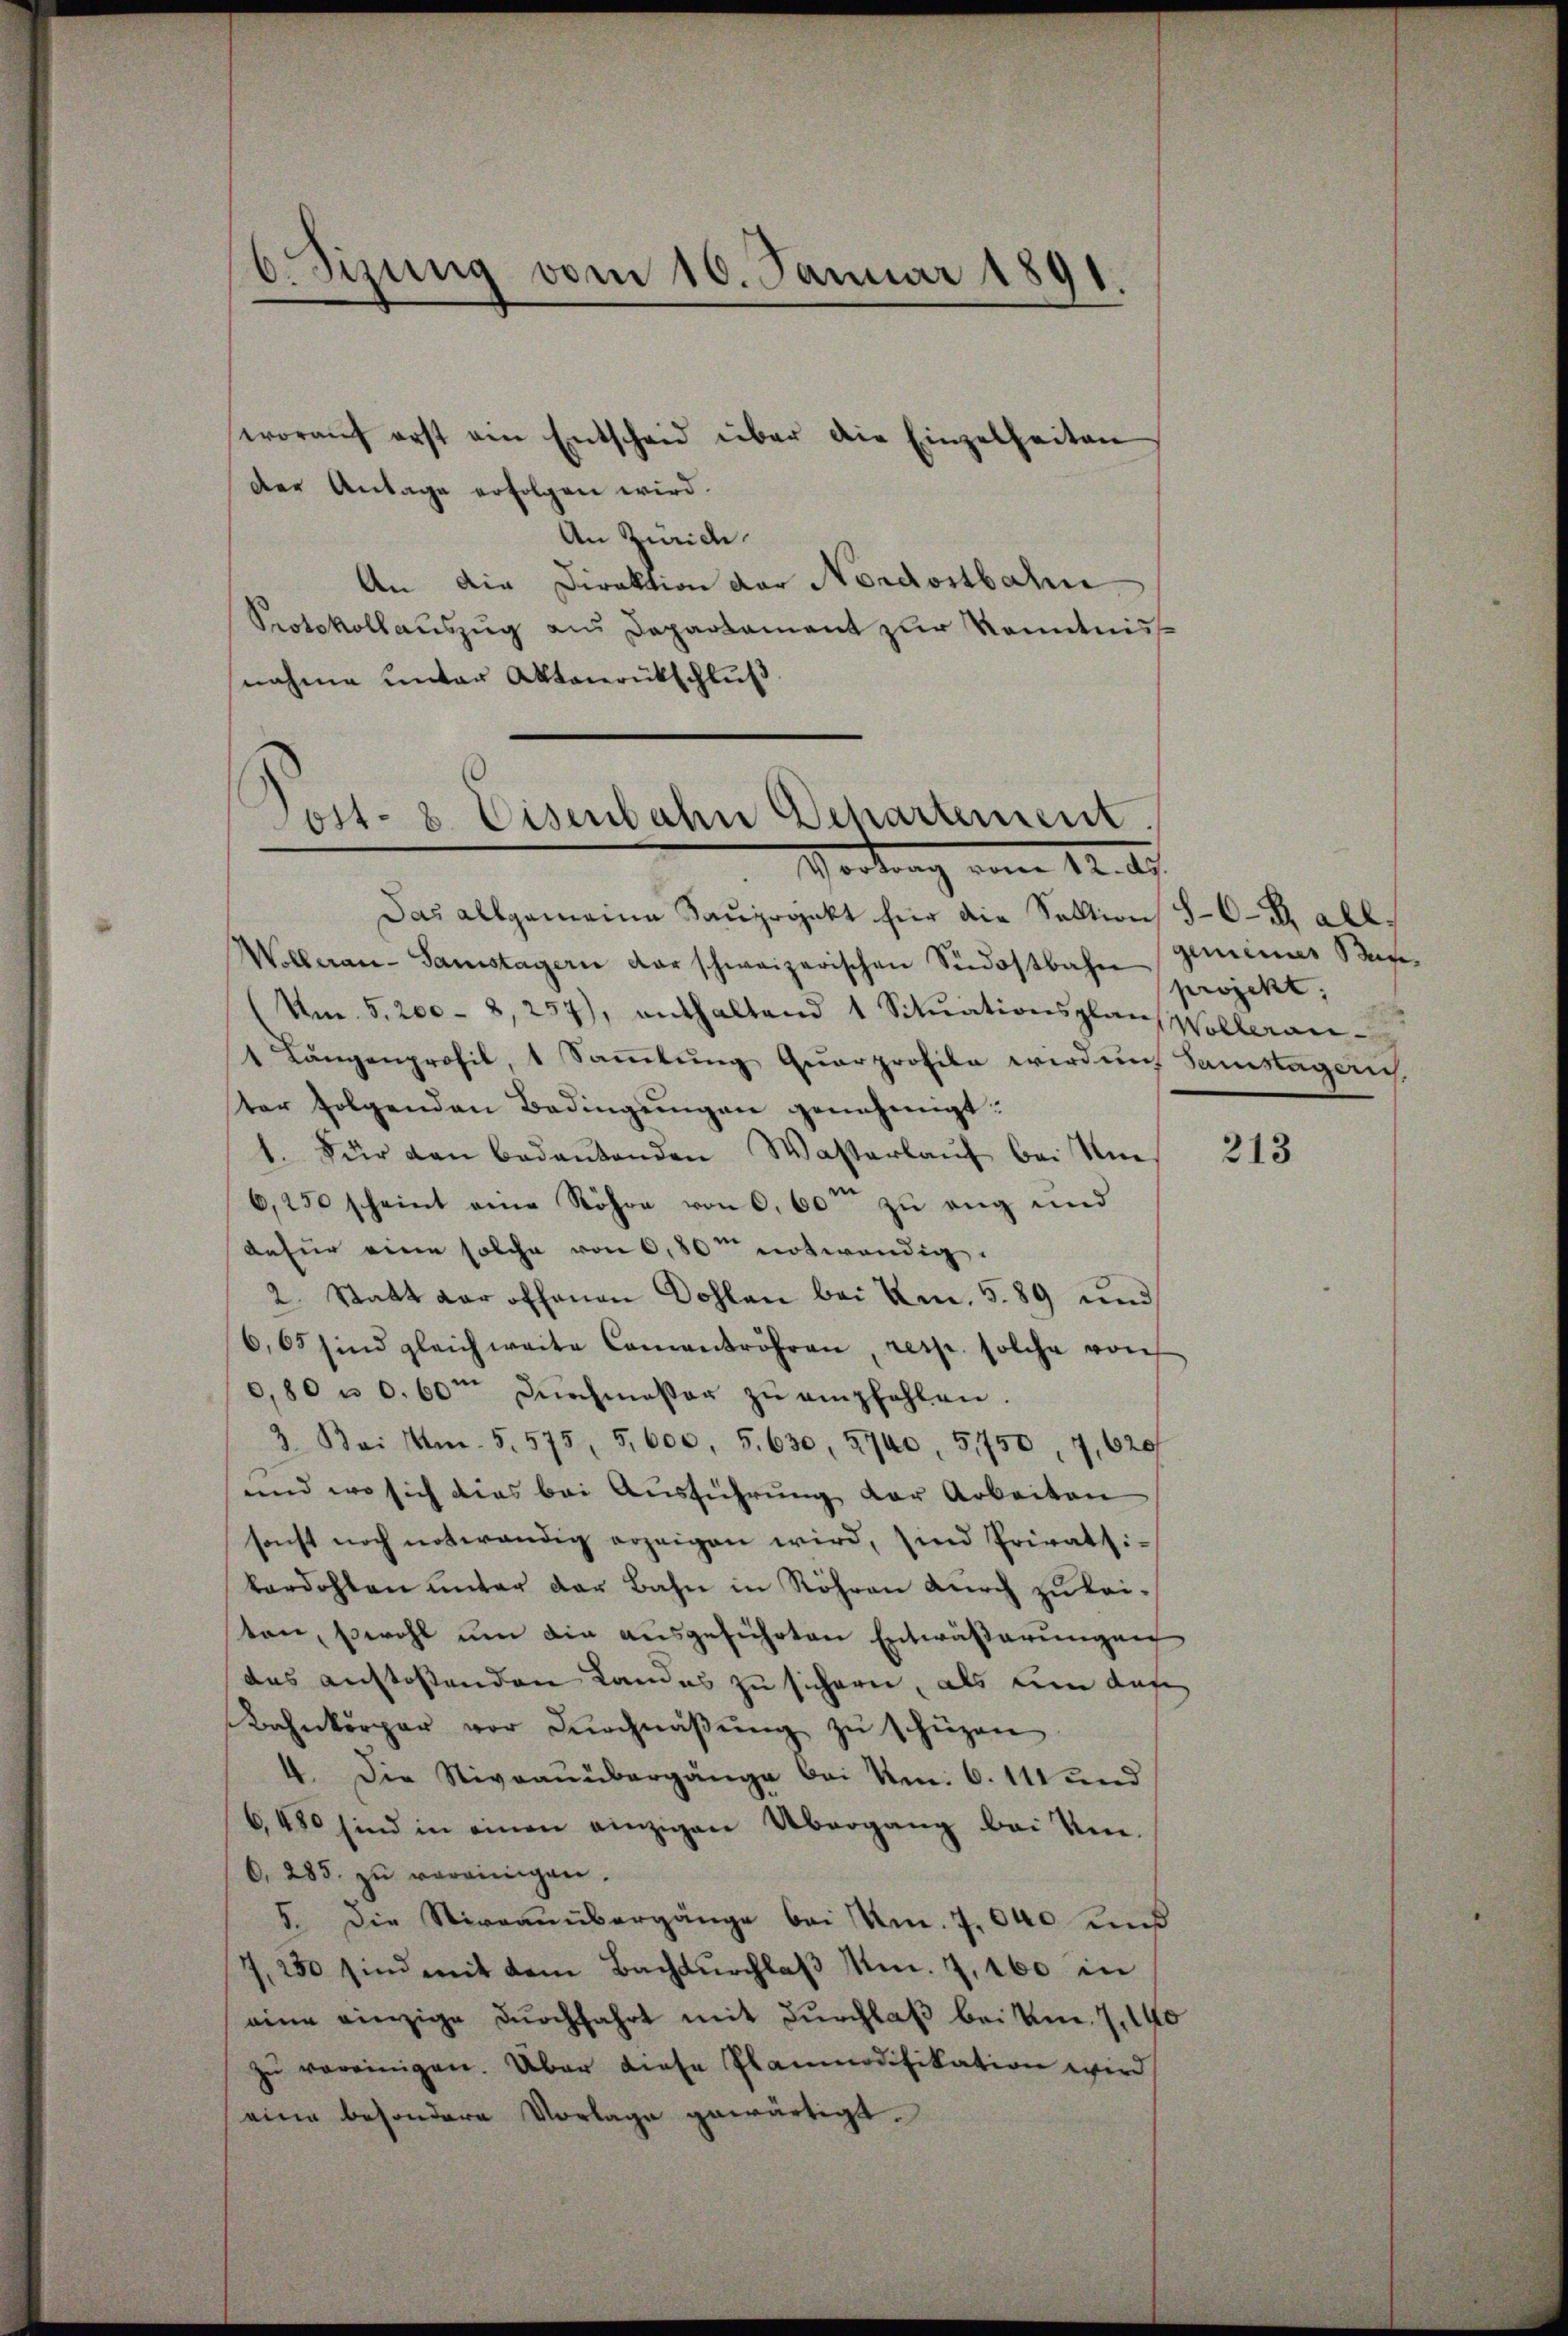
woraŭf erst ein Entscheid über die Einzelheiten
der Antage erfolgen wird.
An Zürich.
An die Direktion der Nordostbahne
Protokollauszug aus Departament zur Kenntniss
nahme unter Aktenrückschluß

e
v. Szung vom 10. Januar 1891.

Post- & Eisenbahn Departement.
Vortrag vom 12. ds.

Das allgemeine Sauprojekt für die Sektion 5-6 - 2. all¬
Wolleran- Samstagern der schweizerischen Südostbahn projekt,
(Um. 5. 200 - 8, 257), enthaltend 1 Sitŭationsplan Wolleran-
1 Längenprofil, 1 Sammlung Quarprofile wird und Samstageric
ter folgenden Bedingŭngen genehmigt:
1. Für den bedeŭtenden Wasserlaŭf bei Um-
6,250 scheint eine Röhre von 0,60ten zu eng und
dafür eine solche von 0,80m notwendig.
2. Statt dar offenen Dohlen bei Am. 5. 89 und
6,65 sind gleich weite Camentröhren, resp. solche von
0,80 u 0.60m Dŭrchmesser zŭ empfehlen.
3. Bei Am. 5. 575, 5,600, 5. 630, 5740, 51750, 7, 620
und wo sich dies bei Ausführung der Arbeiten
sonst noch notwendig erzeigen wird, sind Privatsi-
kardohlen ŭnter der Bahn in Röhren dŭrch zŭ leiten, sowohl um die ausgeführten Entwäßerungen
das anstossenden Landes zu sichern, als um das
Bahnkörper vor Dŭrchnäβŭng zŭ schüzen
4. Die Niveauubergänge bei Um. 6. 111 und
6480 sind in einen einzigen Übergang bei Um-
C. 285. zŭ vereinigen.
5. Die Stiraanübergänge bei Um. 7.000 und
7, 230 sind mit dem Bach durchlaβ Mm. Z. 160 in
eine einzige Durchfahrt mit Durchlaß bei Um. 7, 140
zŭ vereinigen. Über diese Planmodifikation wird
eine besondere Vorlage gewärtigt.

giminus Bun¬

213